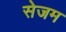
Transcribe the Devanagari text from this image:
सेजम